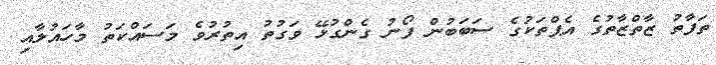
ތަފާތު ޒާތްޒާތުގެ އެޕްތަކުގެ ސަބަބުން ފޯނު ގެންގުޅޭ ވަގުތު އިތުރުވެ މަސައްކަތު މާހައުލާއި